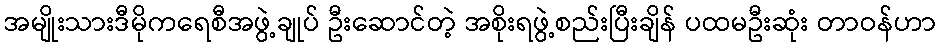
အမျိုးသားဒီမိုကရေစီအဖွဲ့ချုပ် ဦးဆောင်တဲ့ အစိုးရဖွဲ့စည်းပြီးချိန် ပထမဦးဆုံး တာဝန်ဟာ